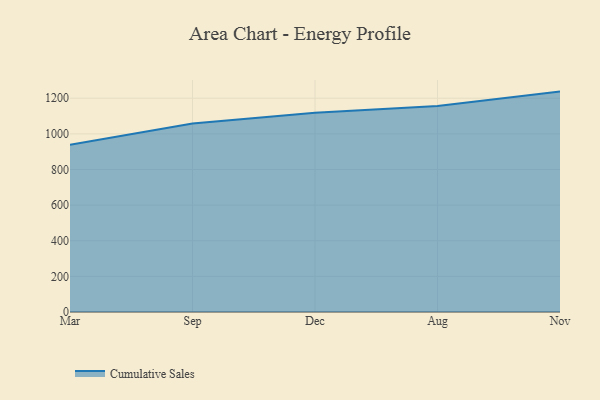
{"axis": {"x": "Month", "y": "Churn Rate (%)"}, "legend": ["Cumulative Sales"], "data": [{"x": "Mar", "y": 938.7, "type": "Cumulative Sales"}, {"x": "Sep", "y": 1058.7, "type": "Cumulative Sales"}, {"x": "Dec", "y": 1118.6, "type": "Cumulative Sales"}, {"x": "Aug", "y": 1156.9, "type": "Cumulative Sales"}, {"x": "Nov", "y": 1237.3, "type": "Cumulative Sales"}]}